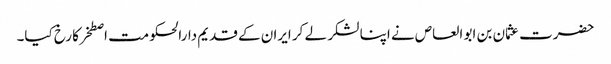
حضرت عثمان بن ابو العاص نے اپنا لشکر لے کر ایران کے قدیم دارالحکومت اصطخر کا رخ کیا۔